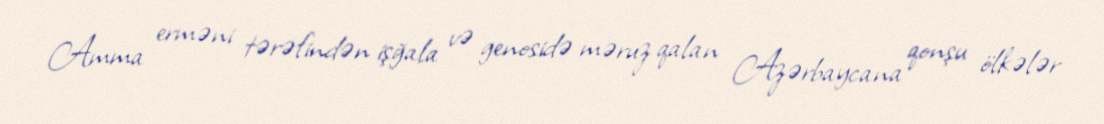
Amma erməni tərəfindən işğala və genosidə məruz qalan Azərbaycana qonşu ölkələr